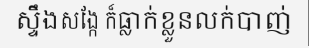
ស្ទឹងសង្កែ ក៏ធ្លាក់ខ្លួនលក់បាញ់